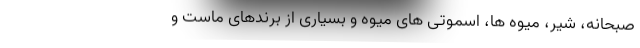
صبحانه، شیر، میوه ها، اسموتی های میوه و بسیاری از برندهای ماست و